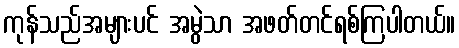
ကုန်သည်အများပင် အမွဲသာ အဖတ်တင်ရစ်ကြပါတယ်။